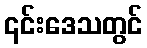
၎င်းဒေသတွင်